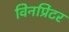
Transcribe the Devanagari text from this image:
विनप्रिंटर